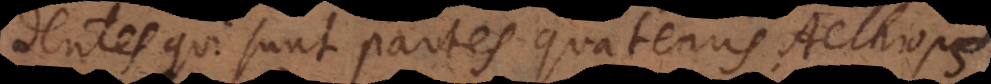
dentes qui sunt partes quatenus Aethiops